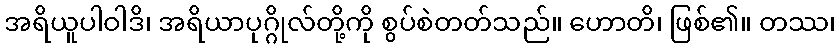
အရိယူပါဝါဒိ၊ အရိယာပုဂ္ဂိုလ်တို့ကို စွပ်စဲတတ်သည်။ ဟောတိ၊ ဖြစ်၏။ တဿ၊